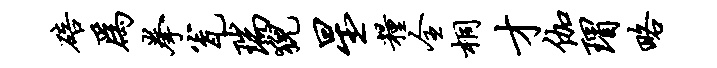
碚为拳瓮瑞猊星粮全桐才伽瑁略